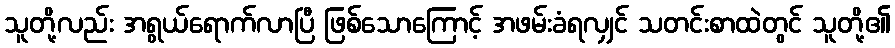
သူတို့လည်း အရွယ်ရောက်လာပြီ ဖြစ်သောကြောင့် အဖမ်းခံရလျှင် သတင်းစာထဲတွင် သူတို့၏